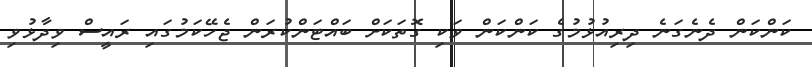
ކަންކަން ދެނެގަނެ ދިރިއުޅުމުގެ ކަންކަން ވަކި ގޮތަކަށް ބައްޓަންކުރަން ޖެހޭކަމުގައި ރައީސް ވިދާޅުވި